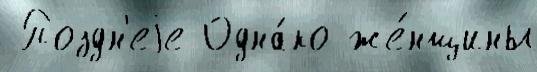
 Поздн'еjе Одна́ко же́нщины